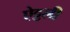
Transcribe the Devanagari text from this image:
ऐट्टली